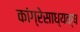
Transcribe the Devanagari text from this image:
कांग्रेसाध्यक्ष